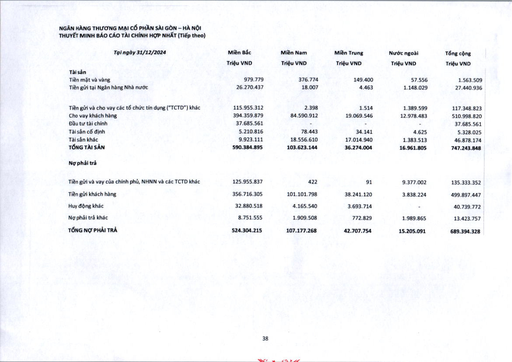
|Tại ngày 31/12/2024|Miền Bắc Triệu VND|Miền Nam Triệu VND|Miền Trung Triệu VND|Nước ngoài Triệu VND|Tổng cộng Triệu VND| |---|---|---|---|---|---| |Tài sản|||||| |Tiền mặt và vàng|979.779|376.774|149.400|57.556|1.563.509| |Tiền gửi tại Ngân hàng Nhà nước|26.270.437|18.007|4.463|1.148.029|27.440.936| |Tiền gửi và cho vay các tổ chức tín dụng ("TCTD") khác|115.955.312|2.398|1.514|1.389.599|117.348.823| |Cho vay khách hàng|394.359.879|84.590.912|19.069.546|12.978.483|510.998.820| |Đầu tư tài chính|37.685.561|-|-|-|37.685.561| |Tài sản cố định|5.210.816|78.443|34.141|4.625|5.328.025| |Tài sản khác|9.923.111|18.556.610|17.014.940|1.383.513|46.878.174| |TỔNG TÀI SẢN|590.384.895|103.623.144|36.274.004|16.961.805|747.243.848| |Nợ phải trả|||||| |Tiền gửi và vay của chính phủ, NHNN và các TCTD khác|125.955.837|422|91|9.377.002|135.333.352| |Tiền gửi khách hàng|356.716.305|101.101.798|38.241.120|3.838.224|499.897.447| |Huy động khác|32.880.518|4.165.540|3.693.714|-|40.739.772| |Nợ phải trả khác|8.751.555|1.909.508|772.829|1.989.865|13.423.757| |TỔNG NỢ PHẢI TRẢ|524.304.215|107.177.268|42.707.754|15.205.091|689.394.328|